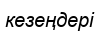
кезеңдері